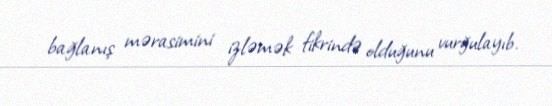
bağlanış mərasimini izləmək fikrində olduğunu vurğulayıb.